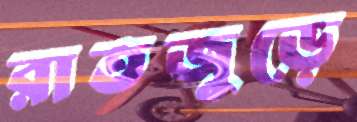
রাতজুড়ে